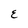
Character: E